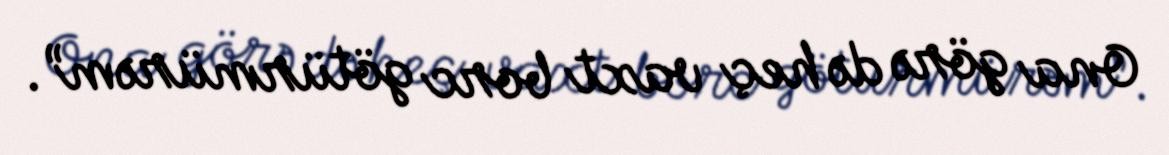
Ona görə də heç vaxt borc götürmürəm”.